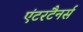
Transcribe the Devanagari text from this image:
एंटरटैनर्स